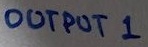
Text: OUTPUT 1